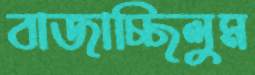
বাজাচ্ছিলুম